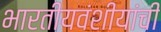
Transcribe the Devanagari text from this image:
भारतीयवंशीयांची